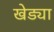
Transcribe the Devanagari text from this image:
खेड्या